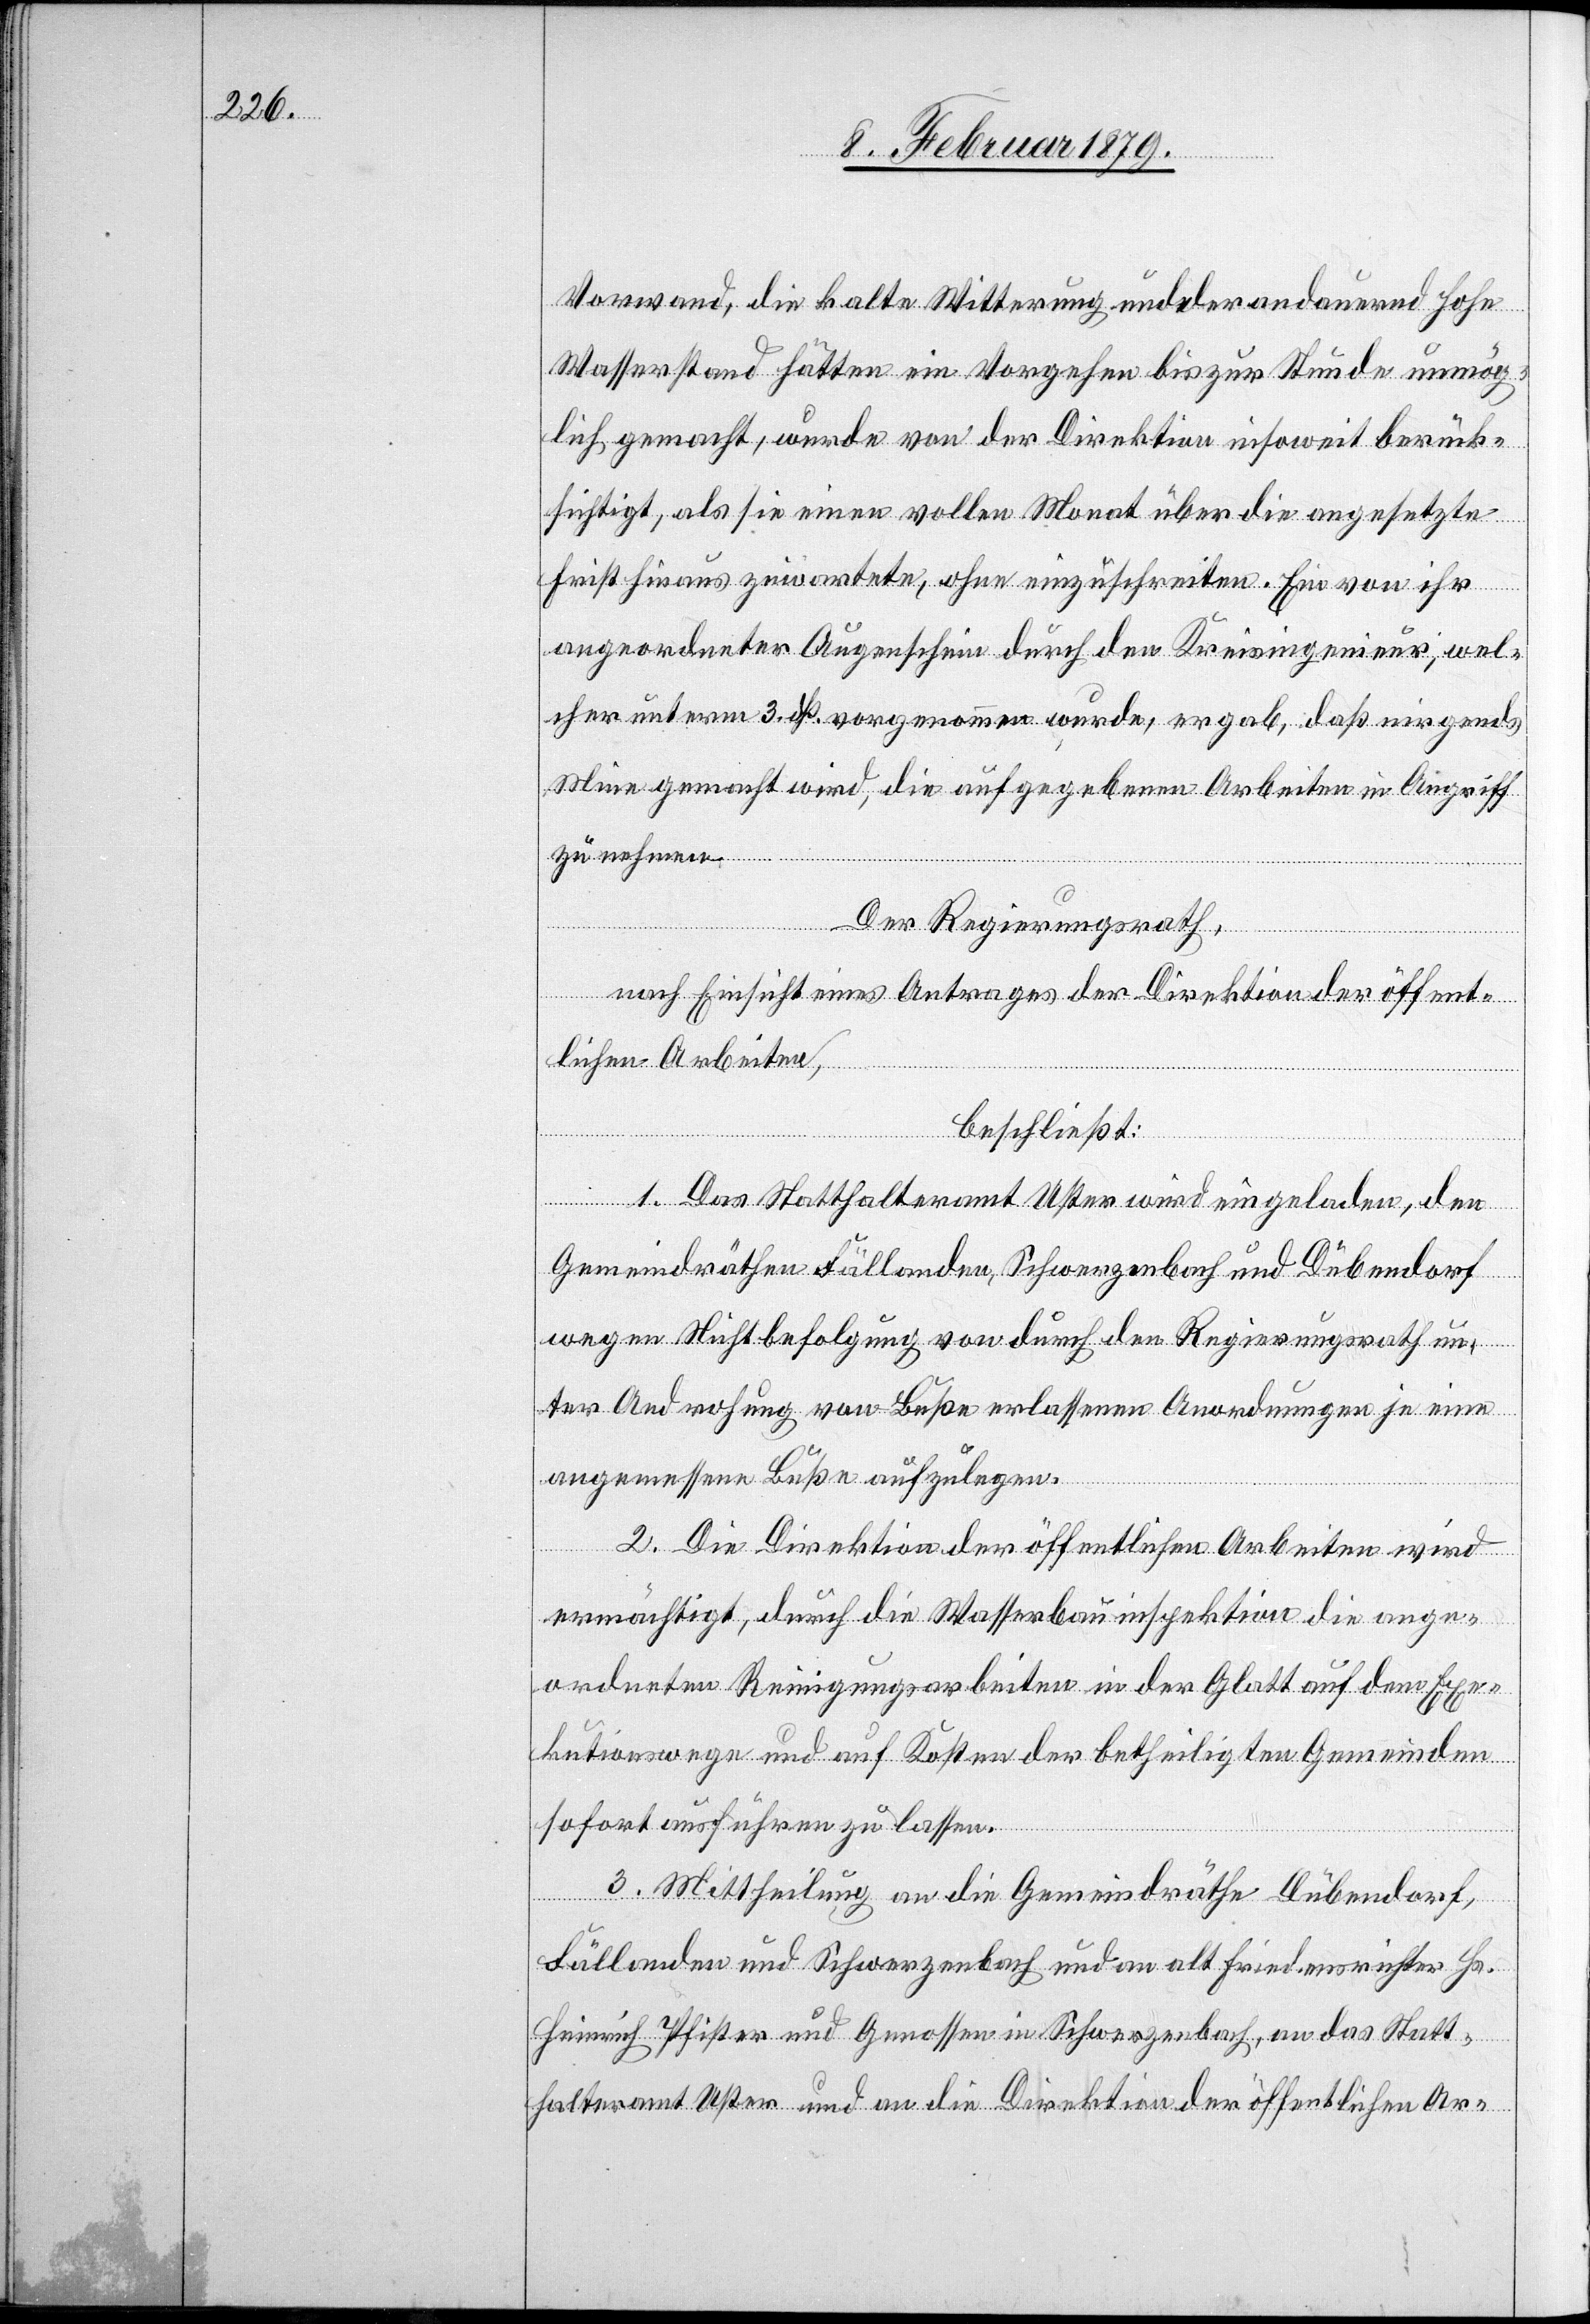
Vorwand, die kalte Witterung und der andauernd hohe
Wasserstand hätten ein Vorgehen bis zur Stunde unmög¬
lich gemacht, wurde von der Direktion insoweit berück¬
sichtigt, als sie einen vollen Monat über die angesetzte
Frist hinaus zuwartete, ohne einzuschreiten. Ein von ihr
angeordneter Augenschein durch den Kreisingenieur, wel¬
cher unterm 3. dß. vorgenommen wurde, ergab, daß nirgends
[sic!] gemacht wird, die aufgegebenen Arbeiten in Angriff
zu nehmen.
Der Regierungsrath,
nach Einsicht eines Antrages der Direktion der öffent¬
lichen Arbeiten,
beschließt:
1. Das Statthalteramt Uster wird eingeladen, den
Gemeindräthen Fällanden, Schwerzenbach und Dübendorf
wegen Nichtbefolgung von durch den Regierungsrath un¬
ter Androhung von Buße erlassenen Anordnungen je eine
angemessene Buße aufzulegen.
2. Die Direktion der öffentlichen Arbeiten wird
ermächtigt, durch die Wasserbauinspektion die ange¬
ordneten Reinigungsarbeiten in der Glatt auf dem Exe¬
kutionswege und auf Kosten der betheiligten Gemeinden
sofort ausführen zu lassen.
3. Mittheilung an die Gemeindräthe Dübendorf,
Fällanden und Schwerzenbach und an alt Friedensrichter Hs.
Heinrich Pfister und Genossen in Schwerzenbach, an das Statt¬
halteramt Uster und an die Direktion der öffentlichen Ar-